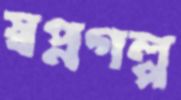
স্বপ্নগল্প